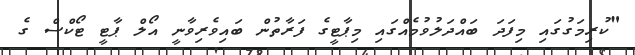
"ކުރިމަގުގައި މިފަދަ ބައްދަލުވުމެއްގައި މިޕާޓީގެ ފަރާތުން ބައިވެރިވާނީ އޯލް ޕާޓީ ޓޯކްސް ގެ